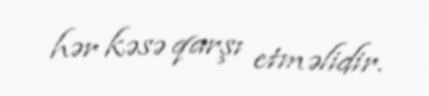
hər kəsə qarşı etməlidir.